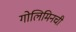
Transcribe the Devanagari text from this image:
गोलिमिनची